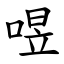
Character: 喅